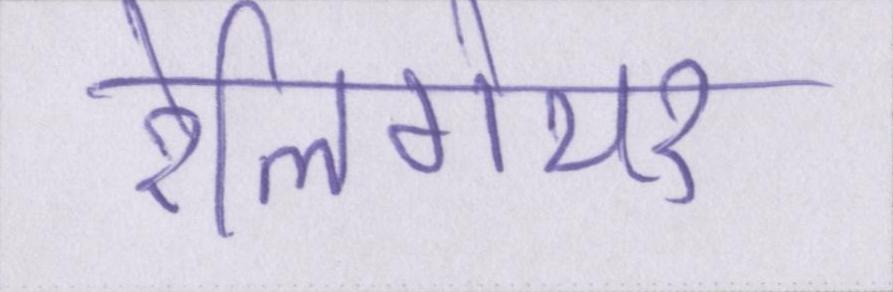
रेलिगेयर